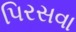
પિરસવા